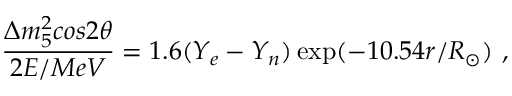
\frac { \Delta m _ { 5 } ^ { 2 } c o s 2 \theta } { 2 E / M e V } = 1 . 6 ( Y _ { e } - Y _ { n } ) \exp ( - 1 0 . 5 4 r / R _ { \odot } ) ~ ,